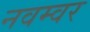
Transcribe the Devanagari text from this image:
नवम्‍वर